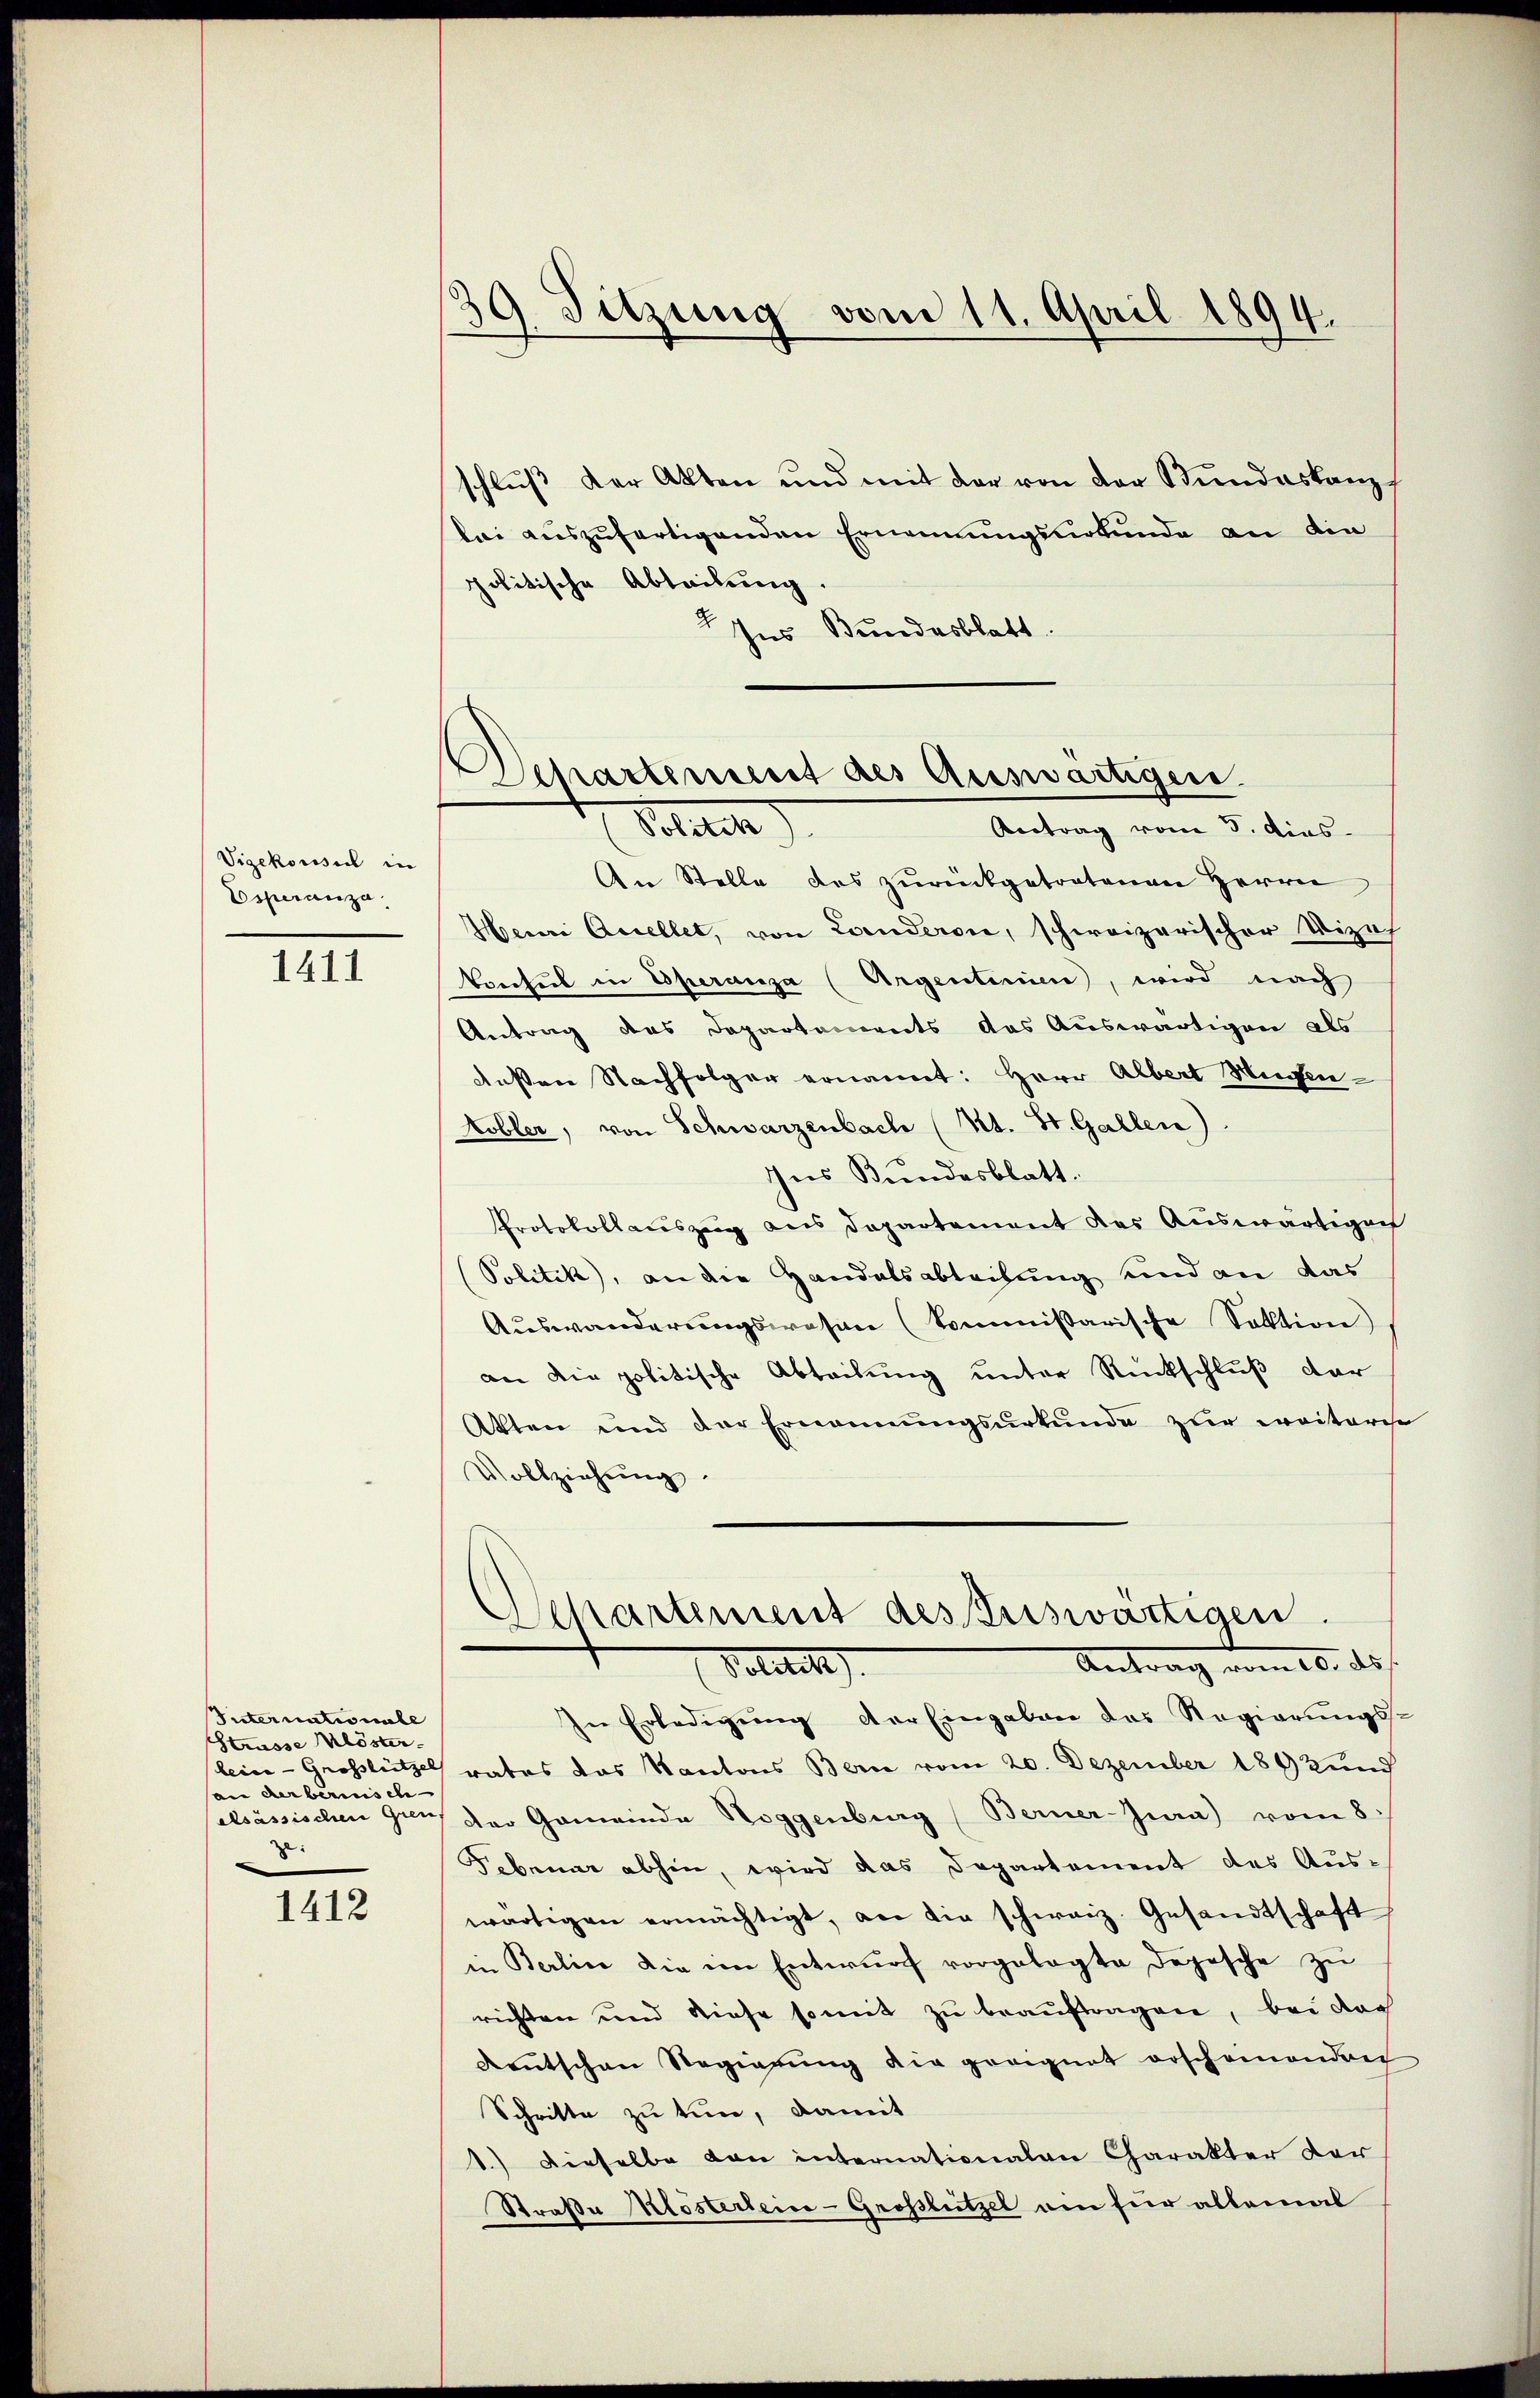
Vigekonsul in
Esperanza.

1411

Suternationale
Strasse Klöster-
son der berisch
zu

1412

39. Sitzung vom 11. April 1894.

schluß der Akten und mit der von der Bundeskanz
bai auszufertigenden Ernennungsurkunde an die
politische Abteilung
Ins Bundesblatt.
An Stelle des zurückgetretenen Herrn
Heii Accellet, von Landerone, schweizerischer Vizieh
Consul in Operanza (Argentiren, wird nach
Antrag des Departements das Auswärtigen als
deßen Nachfolger ernannt: Herr Albert Wiesen¬
Kobler, von Schwarzenbach (Kt. St. Gallen)
Ines Bundesblatt.
Protokollauszug aus Departement das Auswärtigen
(Politik), an die Handelsableihung und an das
Auswanderungswesen (Commissarische Sektion
an die politische Abteilung unter Rückschluß der
Akten und der Ernennungsurkunde zur weiteres
Vollziehung.
Departement desstriswärtigen.
Antrag vom 10. ds
Volitik
In Erledigŭng der Eingaben das Regierŭngs-
leine - Grosslützel rates das Kantons Bern vom 20. Dezember 184 Kund
elsassischen Grenz der Gemeinde Roggenburg (Berner Jura) vom 8.
Februar abhin, wird das Departement des Auswärtigen ermächtigt, an die schweiz. Gesandtschaft
in Berlin die im Entwurf vorgelegte Depesche zu
richten und diese somit zu beauftragen, bei das
Kentschen Regierŭng die geeignet erscheinandert
Schritte zu tun, damit
1.) Dieselbe von internationalen Charakter der
Straße Klöstertein-Großslützel ein für allemal

Departerseit des Auswärtigen.
Sollten)
Antrag vom 5. dies